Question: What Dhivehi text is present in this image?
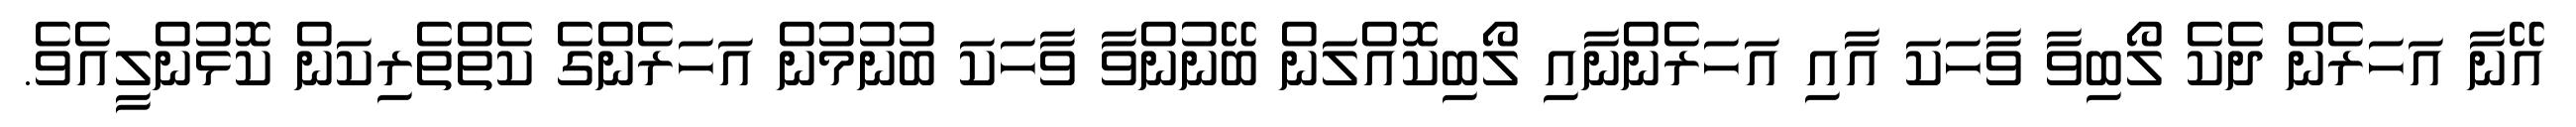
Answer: އޭނާ އަހަރެން ދެކެ ލޯބިވާ ވާހަކަ އާއި އަހަރެންނާއި ލޯބިކޮއްލަން ބޭނުންވާ ވާހަކަ ބުނުމުން އަހަރެންގެ ކެތްތެރިކަން ކޮޅުންލީއެވެ.